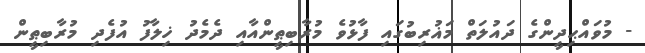
- މުވައްޙިދީންގެ ދައުލަތް މަޣުރިބުގައި ފާޅުވެ މުރާބިޠީންއާއި ދެމެދު ޚިލާފު އުފެދި މުރާބިޠީން